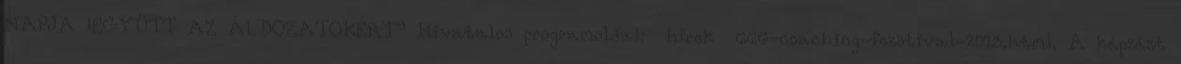
NAPJA „EGYÜTT AZ ÁLDOZATOKÉRT” Hivatalos programoldal: hirek 666-coaching-fezstival-2013.html. A képzést